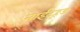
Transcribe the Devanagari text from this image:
नाईटहूड